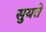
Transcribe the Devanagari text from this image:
सुयते